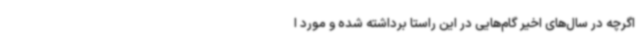
اگرچه در سال‌های اخیر گام‌هایی در این راستا برداشته شده و ‌مورد ا